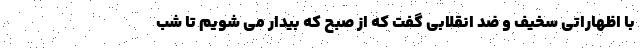
با اظهاراتی سخیف و ضد انقلابی گفت که از صبح که بیدار می شویم تا شب